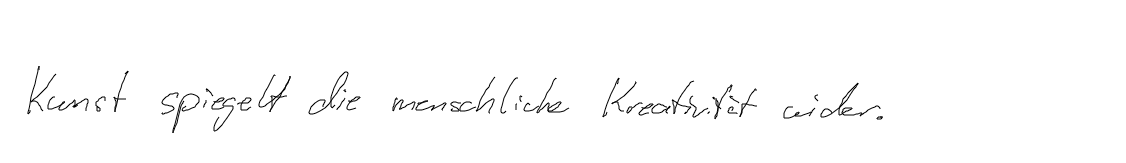
Kunst spiegelt die menschliche Kreativität wider.